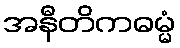
အနီတိကဓမ္မံ